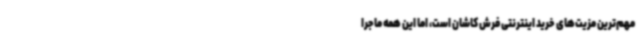
مهم‌ترین مزیت‌های خرید اینترنتی فرش کاشان است، اما این‌ همه ماجرا